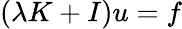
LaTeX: (\lambda K+I)u=f